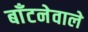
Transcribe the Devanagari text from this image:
बाँटनेवाले